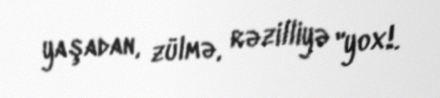
yaşadan, zülmə, rəzilliyə "yox!.